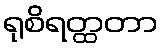
ရုစိရတ္ထတာ